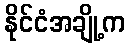
နိုင်ငံအချို့က